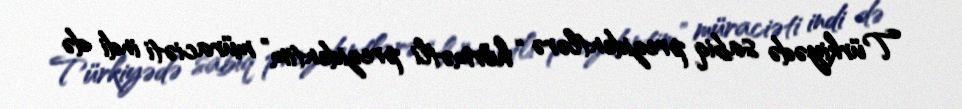
Türkiyədə sabiq prezidentlərə “hörmətli prezidentim” müraciəti indi də